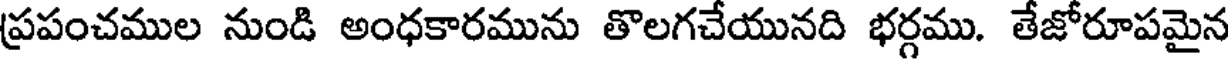
ప్రపంచముల నుండి అంధకారమును తొలగచేయునది భర్గము. తేజోరూపమైన